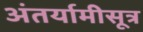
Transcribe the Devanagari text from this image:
अंतर्यामीसूत्र